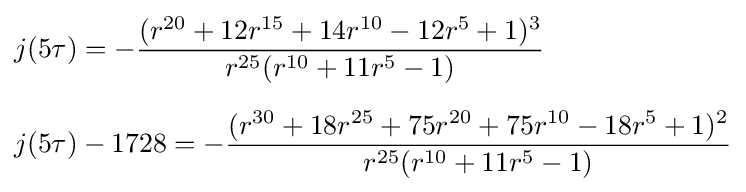
{\begin{aligned}&j(5\tau )=-{\frac {(r^{20}+12r^{15}+14r^{10}-12r^{5}+1)^{3}}{r^{25}(r^{10}+11r^{5}-1)}}\\[6pt]&j(5\tau )-1728=-{\frac {(r^{30}+18r^{25}+75r^{20}+75r^{10}-18r^{5}+1)^{2}}{r^{25}(r^{10}+11r^{5}-1)}}\end{aligned}}